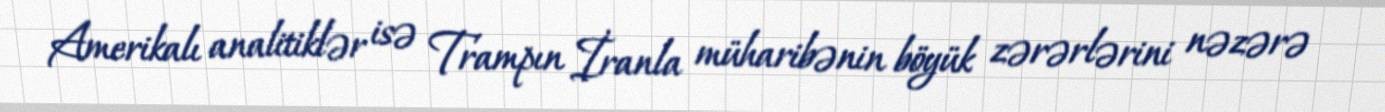
Amerikalı analitiklər isə Trampın İranla müharibənin böyük zərərlərini nəzərə